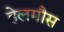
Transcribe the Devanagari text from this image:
हेलमौस